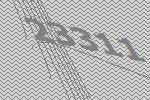
23311